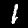
Digit: 1